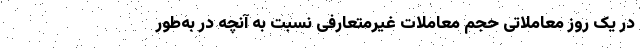
در یک روز معاملاتی حجم معاملات غیرمتعارفی نسبت به آنچه در به‌طور